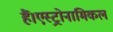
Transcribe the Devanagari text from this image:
हैं।एस्ट्रोनामिकल